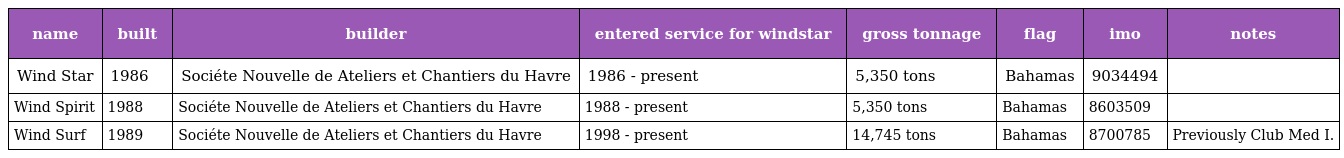
| name | built | builder | entered service for windstar | gross tonnage | flag | imo | notes |
 | --- | --- | --- | --- | --- | --- | --- | --- |
 | Wind Star | 1986 | Sociéte Nouvelle de Ateliers et Chantiers du Havre | 1986 - present | 5,350 tons | Bahamas | 9034494 |  |
 | Wind Spirit | 1988 | Sociéte Nouvelle de Ateliers et Chantiers du Havre | 1988 - present | 5,350 tons | Bahamas | 8603509 |  |
 | Wind Surf | 1989 | Sociéte Nouvelle de Ateliers et Chantiers du Havre | 1998 - present | 14,745 tons | Bahamas | 8700785 | Previously Club Med I. |